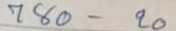
780 - 20